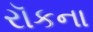
રૉકના